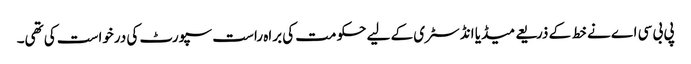
پی بی سی اے نے خط کے ذریعے میڈیا انڈسٹری کے لیے حکومت کی براہ راست سپورٹ کی درخواست کی تھی۔